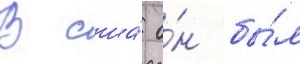
В сша́ о́н бы́л